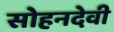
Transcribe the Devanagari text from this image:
सोहनदेवी